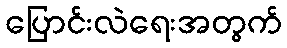
ပြောင်းလဲရေးအတွက်